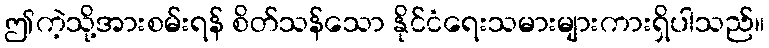
ဤကဲ့သို့အားစမ်းရန် စိတ်သန်သော နိုင်ငံရေးသမားများကားရှိပါသည်။